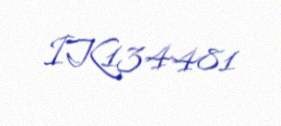
IK134481